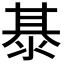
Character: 𭰭